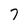
Character: 7